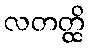
လတတ္ထိ